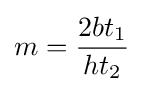
m={\frac {2bt_{1}}{ht_{2}}}